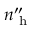
n _ { \mathrm { ~ h ~ } } ^ { \prime \prime }